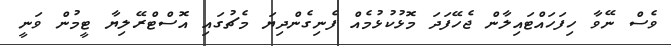
ވެސް ނޭވާ ހިފަހައްޓައިލާން ޖެހޭފަދަ މޮޅުކުޅުމެއް ފެނިގެންދިޔަ މެޗުގައި އޮސްޓްރޭލިޔާ ޓީމުން ވަނީ